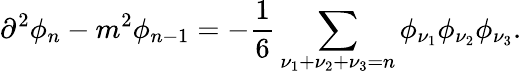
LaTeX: \partial^{2}\phi_{n}-m^{2}\phi_{n-1}=-\frac{1}{6}\sum_{\nu_{1}+\nu_{2}+\nu_{3}=n}\phi_{\nu_{1}}\phi_{\nu_{2}}\phi_{\nu_{3}}.